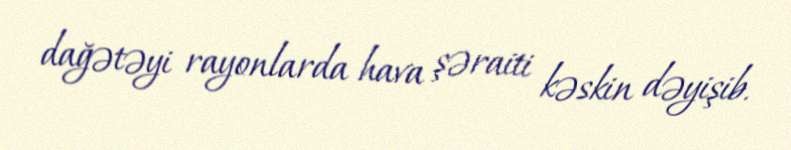
dağətəyi rayonlarda hava şəraiti kəskin dəyişib.